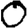
Digit: 0